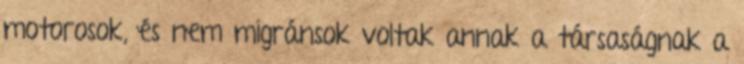
motorosok, és nem migránsok voltak annak a társaságnak a